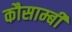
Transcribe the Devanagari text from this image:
कौसाम्बी